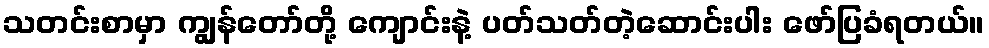
သတင်းစာမှာ ကျွန်တော်တို့ ကျောင်းနဲ့ ပတ်သတ်တဲ့ဆောင်းပါး ဖော်ပြခံရတယ်။